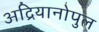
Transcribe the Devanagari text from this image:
अद्रियानोपुल